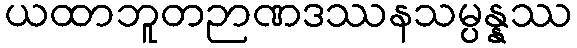
ယထာဘူတဉာဏဒဿနသမ္ပန္နဿ